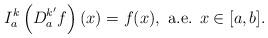
LaTeX: \begin{align*}I_a^k \left(D_a^{k'}f\right)(x)= f(x),\mbox{ a.e. }x\in [a,b].\end{align*}